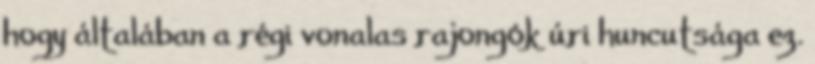
hogy általában a régi vonalas rajongók úri huncutsága ez.